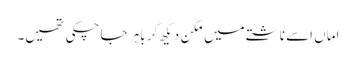
اماں اسے ناشتے میں مگن دیکھ کر باہر جا چکی تھیں۔